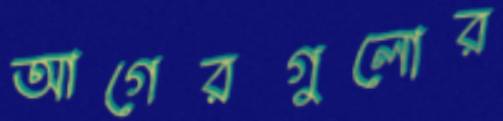
আগেরগুলোর